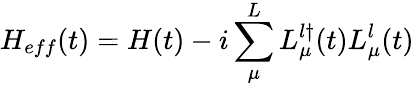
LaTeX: H_{eff}(t)=H(t)-i\sum_{\mu}^{L}L_{\mu}^{l\dagger}(t)L_{\mu}^{l}(t)